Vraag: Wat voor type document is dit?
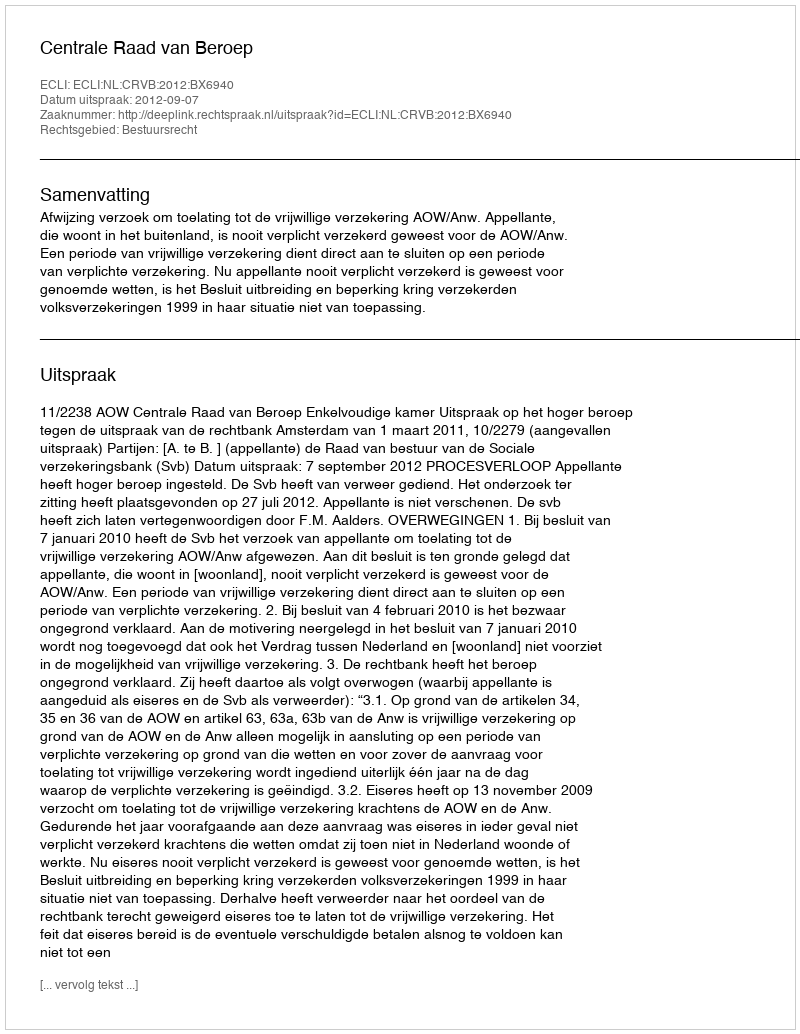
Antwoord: Uitspraak